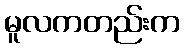
မူလကတည်းက